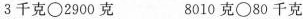
$$3千克\bigcirc 2900克$$ $$8010克\bigcirc 80千克$$